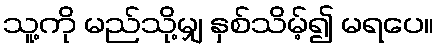
သူ့ကို မည်သို့မျှ နှစ်သိမ့်၍ မရပေ။